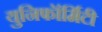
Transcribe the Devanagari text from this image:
युनिफॉर्मिटी